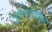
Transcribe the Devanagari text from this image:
मुकुंदराजकृत